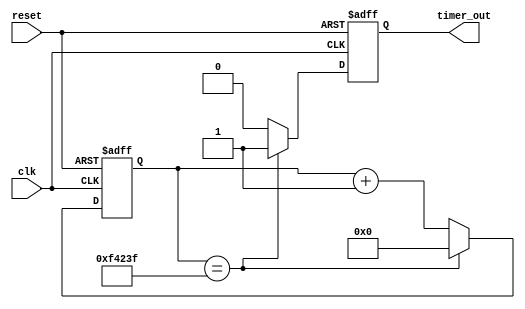
module periodic_timer (
    input wire clk,
    input wire reset,
    output reg timer_out
);

reg [31:0] counter;
parameter PERIOD = 1000000; // Specify the time period in clock cycles

always @(posedge clk or posedge reset) begin
    if (reset) begin
        counter <= 0;
        timer_out <= 0;
    end else begin
        if (counter == PERIOD-1) begin
            counter <= 0;
            timer_out <= 1;
        end else begin
            counter <= counter + 1;
            timer_out <= 0;
        end
    end
end

endmodule